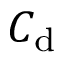
C _ { \mathrm { d } }